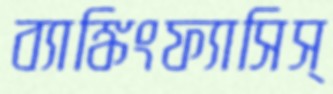
ব্যাঙ্কিংফ্যাসিস্